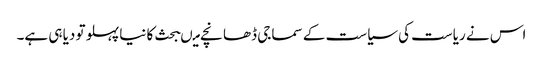
اس نے ریاست کی سیاست کے سماجی ڈھانچے میںبحث کا نیا پہلو تو دیا ہی ہے۔